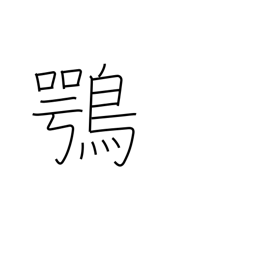
Meaning: osprey